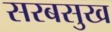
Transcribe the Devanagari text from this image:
सरबसुख